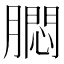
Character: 𬛗